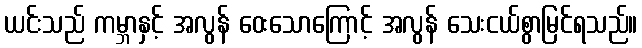
ယင်းသည် ကမ္ဘာနှင့် အလွန် ဝေးသောကြောင့် အလွန် သေးငယ်စွာမြင်ရသည်။